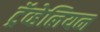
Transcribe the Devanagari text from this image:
ट्रॅव्हेलियन